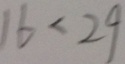
1 6 < 2 9